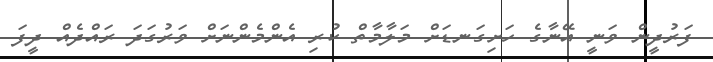
ފަރުދީން ވަނީ އޭނާގެ ހަށިގަނޑަށް މަލާމާތް ކުރި އެންމެންނަށް ވަރުގަދަ ރައްދެއް ދީފަ